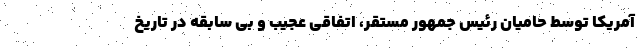
آمریکا توسط حامیان رئیس جمهور مستقر، اتفاقی عجیب و بی سابقه در تاریخ